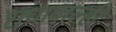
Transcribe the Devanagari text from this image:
राधावाल्ही